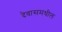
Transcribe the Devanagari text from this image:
देवासमधील